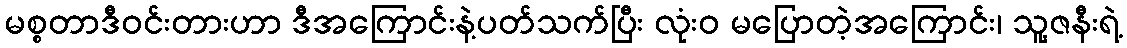
မစ္စတာဒီဝင်းတားဟာ ဒီအကြောင်းနဲ့ပတ်သက်ပြီး လုံးဝ မပြောတဲ့အကြောင်း၊ သူ့ဇနီးရဲ့